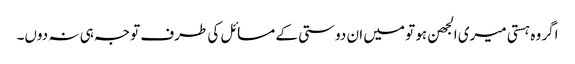
اگر وہ ہستی میری الجھن ہو تو میں ان دوستی کے مسائل کی طرف توجہ ہی نہ دوں۔